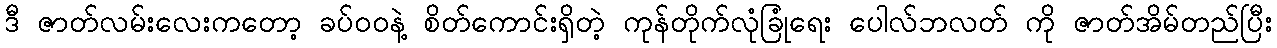
ဒီ ဇာတ်လမ်းလေးကတော့ ခပ်ဝဝနဲ့ စိတ်ကောင်းရှိတဲ့ ကုန်တိုက်လုံခြုံရေး ပေါလ်ဘလတ် ကို ဇာတ်အိမ်တည်ပြီး